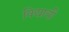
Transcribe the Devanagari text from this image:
विद्यायी